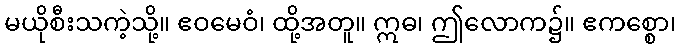
မယိုစီးသကဲ့သို့။ ဧဝမေဝံ၊ ထို့အတူ။ ဣဓ၊ ဤလောက၌။ ဧကစ္စော၊